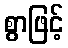
စွာဖြင့်